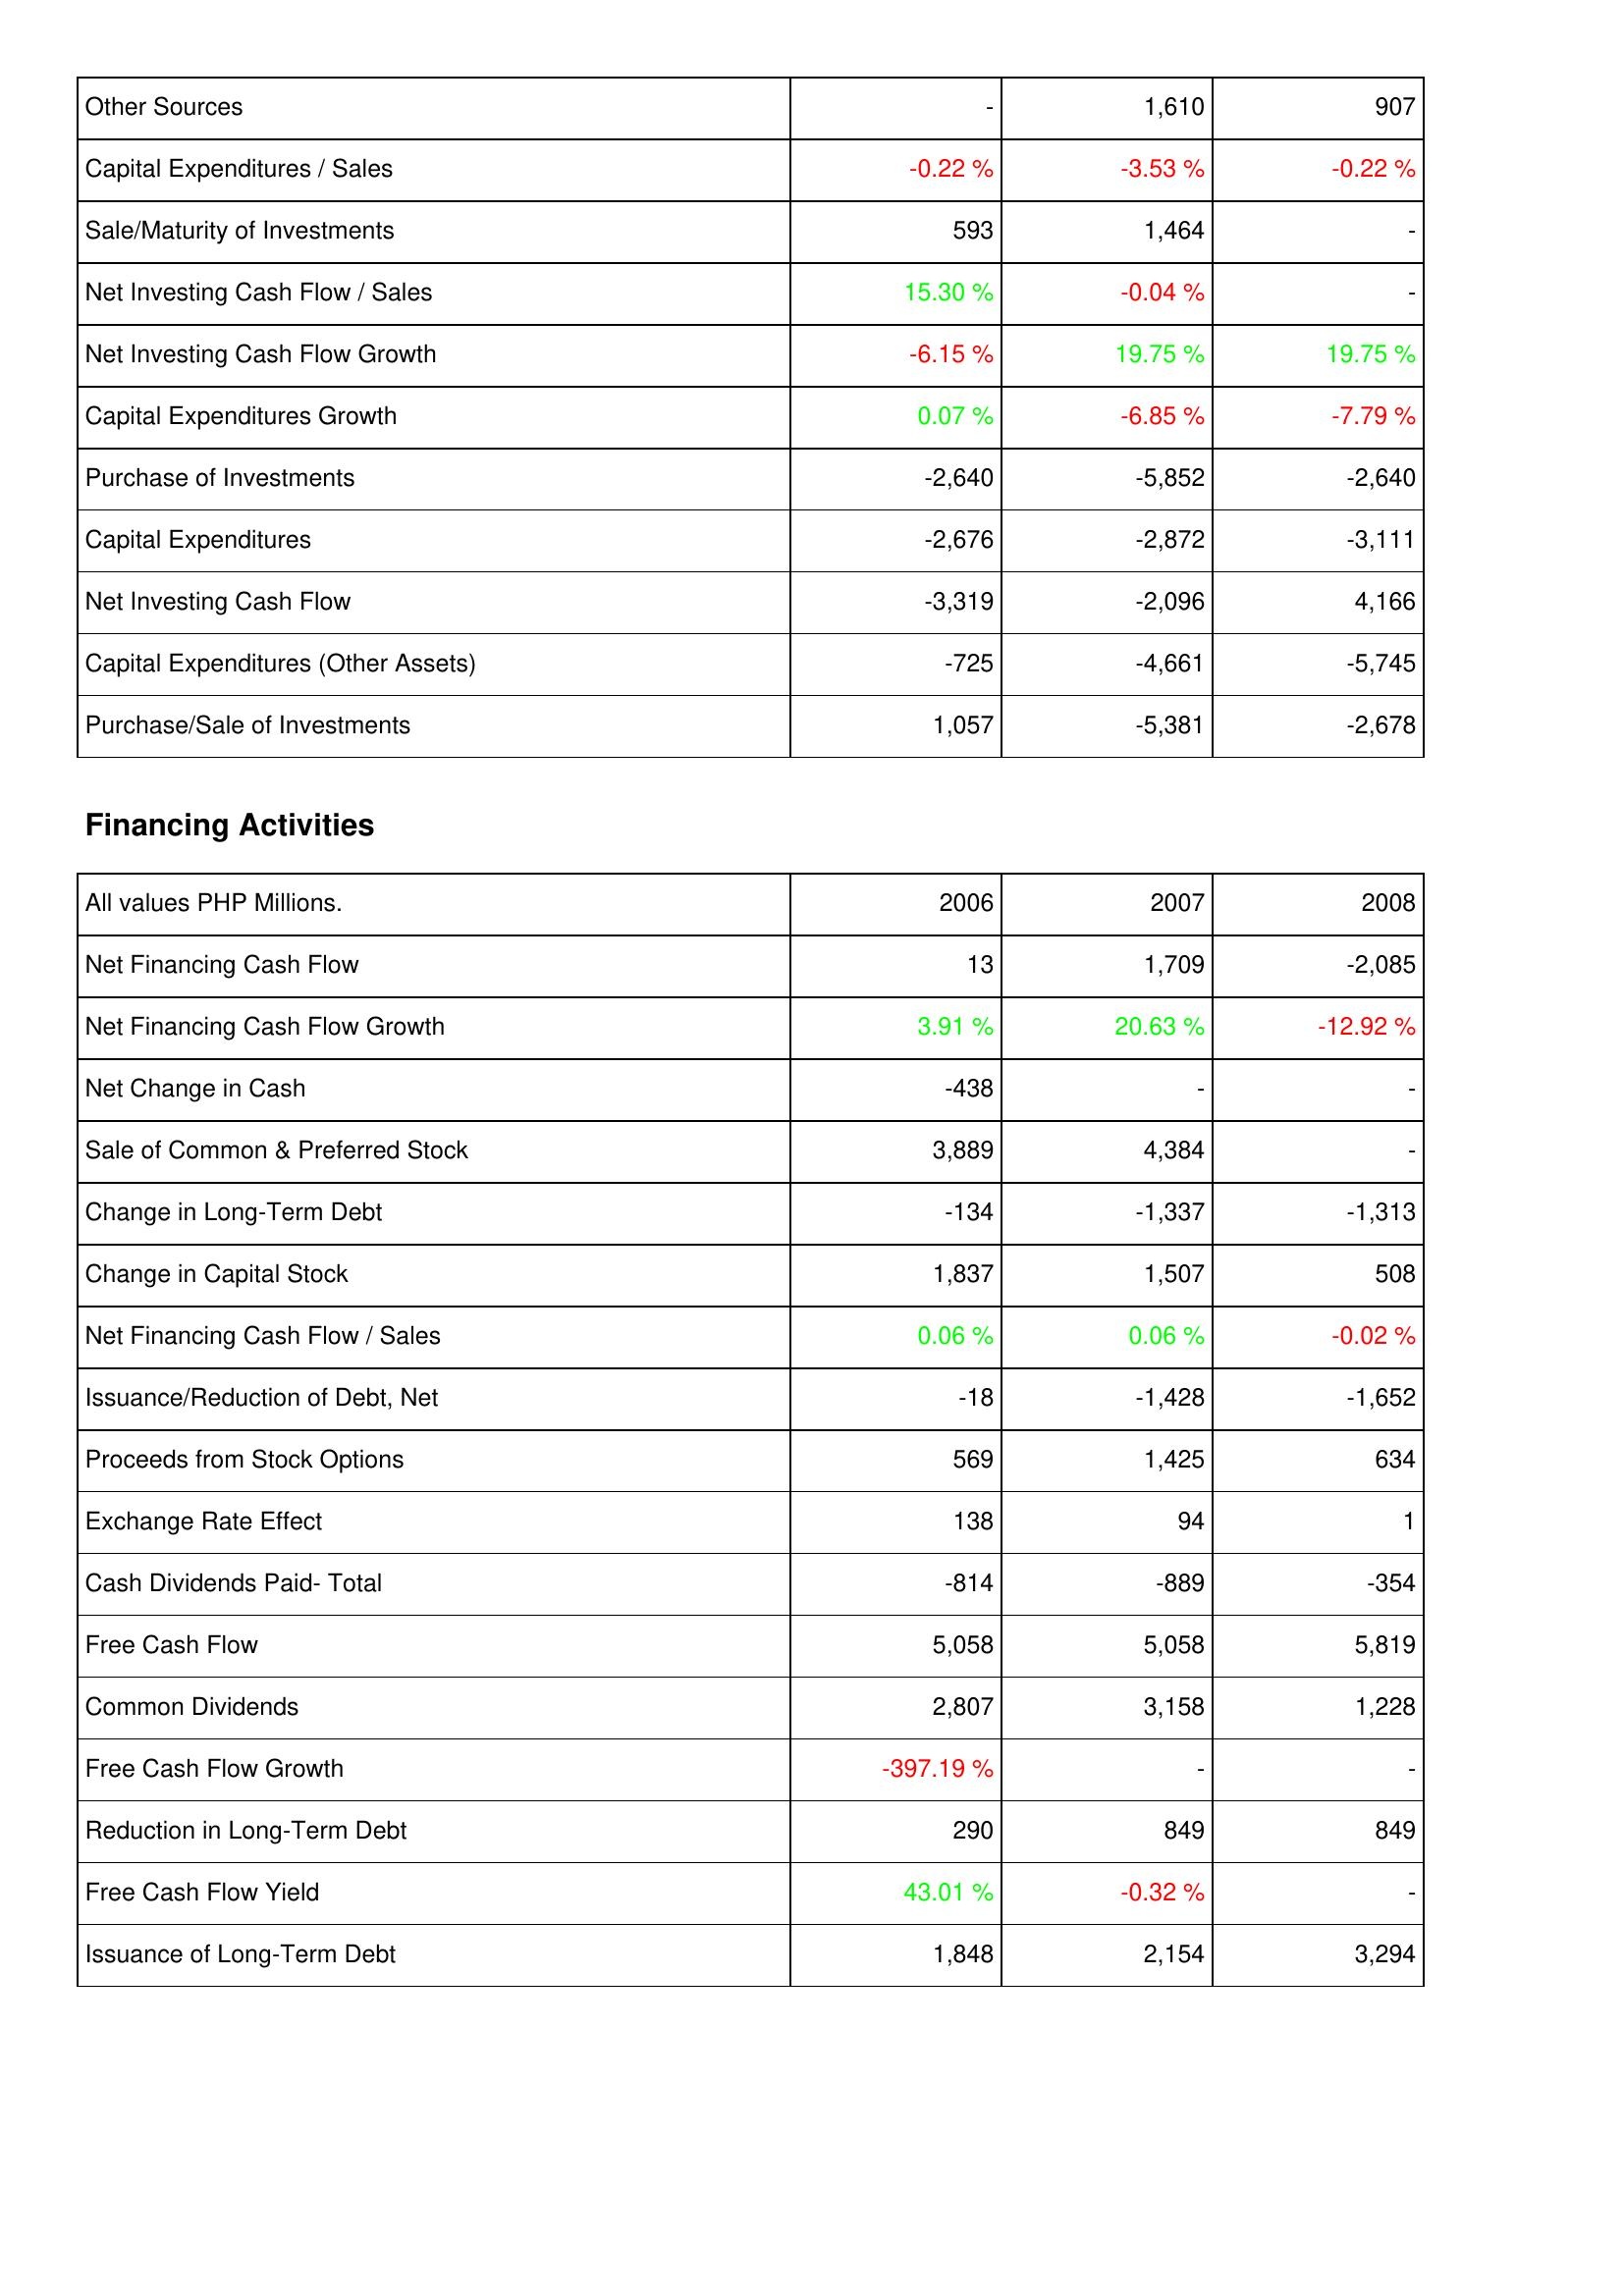
2006: Investing Activities: Other Sources: -
Capital Expenditures / Sales: -0.22 %
Sale/Maturity of Investments: 593
Net Investing Cash Flow / Sales: 15.30 %
Net Investing Cash Flow Growth: -6.15 %
Capital Expenditures Growth: 0.07 %
Purchase of Investments: -2,640
Capital Expenditures: -2,676
Net Investing Cash Flow: -3,319
Capital Expenditures (Other Assets): -725
Purchase/Sale of Investments: 1,057
Financing Activities: Net Financing Cash Flow: 13
Net Financing Cash Flow Growth: 3.91 %
Net Change in Cash: -438
Sale of Common & Preferred Stock: 3,889
Change in Long-Term Debt: -134
Change in Capital Stock: 1,837
Net Financing Cash Flow / Sales: 0.06 %
Issuance/Reduction of Debt, Net: -18
Proceeds from Stock Options: 569
Exchange Rate Effect: 138
Cash Dividends Paid- Total: -814
Free Cash Flow: 5,058
Common Dividends: 2,807
Free Cash Flow Growth: -397.19 %
Reduction in Long-Term Debt: 290
Free Cash Flow Yield: 43.01 %
Issuance of Long-Term Debt: 1,848
2007: Investing Activities: Other Sources: 1,610
Capital Expenditures / Sales: -3.53 %
Sale/Maturity of Investments: 1,464
Net Investing Cash Flow / Sales: -0.04 %
Net Investing Cash Flow Growth: 19.75 %
Capital Expenditures Growth: -6.85 %
Purchase of Investments: -5,852
Capital Expenditures: -2,872
Net Investing Cash Flow: -2,096
Capital Expenditures (Other Assets): -4,661
Purchase/Sale of Investments: -5,381
Financing Activities: Net Financing Cash Flow: 1,709
Net Financing Cash Flow Growth: 20.63 %
Net Change in Cash: -
Sale of Common & Preferred Stock: 4,384
Change in Long-Term Debt: -1,337
Change in Capital Stock: 1,507
Net Financing Cash Flow / Sales: 0.06 %
Issuance/Reduction of Debt, Net: -1,428
Proceeds from Stock Options: 1,425
Exchange Rate Effect: 94
Cash Dividends Paid- Total: -889
Free Cash Flow: 5,058
Common Dividends: 3,158
Free Cash Flow Growth: -
Reduction in Long-Term Debt: 849
Free Cash Flow Yield: -0.32 %
Issuance of Long-Term Debt: 2,154
2008: Investing Activities: Other Sources: 907
Capital Expenditures / Sales: -0.22 %
Sale/Maturity of Investments: -
Net Investing Cash Flow / Sales: -
Net Investing Cash Flow Growth: 19.75 %
Capital Expenditures Growth: -7.79 %
Purchase of Investments: -2,640
Capital Expenditures: -3,111
Net Investing Cash Flow: 4,166
Capital Expenditures (Other Assets): -5,745
Purchase/Sale of Investments: -2,678
Financing Activities: Net Financing Cash Flow: -2,085
Net Financing Cash Flow Growth: -12.92 %
Net Change in Cash: -
Sale of Common & Preferred Stock: -
Change in Long-Term Debt: -1,313
Change in Capital Stock: 508
Net Financing Cash Flow / Sales: -0.02 %
Issuance/Reduction of Debt, Net: -1,652
Proceeds from Stock Options: 634
Exchange Rate Effect: 1
Cash Dividends Paid- Total: -354
Free Cash Flow: 5,819
Common Dividends: 1,228
Free Cash Flow Growth: -
Reduction in Long-Term Debt: 849
Free Cash Flow Yield: -
Issuance of Long-Term Debt: 3,294